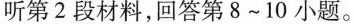
听第2段材料,回答第 8~10 小题.。